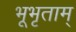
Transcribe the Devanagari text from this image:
भूभृताम्